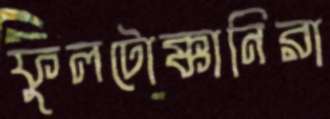
ফুলটোক্কানিরা